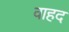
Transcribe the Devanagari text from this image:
वाहद